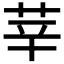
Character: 𦭱